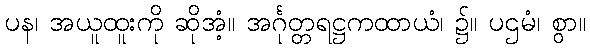
ပန၊ အယူထူးကို ဆိုအံ့။ အင်္ဂုတ္တရဋ္ဌကထာယံ၊ ၌။ ပဌမံ၊ စွာ။